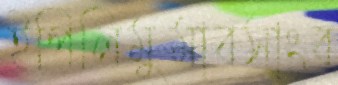
ইপিলিমুমাবসাংব